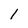
Character: l